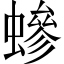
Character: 𧑁